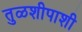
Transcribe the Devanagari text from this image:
तुळशीपाशी